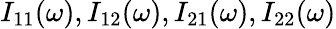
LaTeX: I_{11}(\omega),I_{12}(\omega),I_{21}(\omega),I_{22}(\omega)